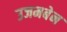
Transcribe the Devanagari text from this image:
उजमबेन